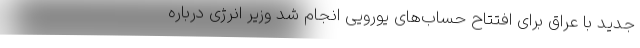
جدید با عراق برای افتتاح حساب‌های یورویی انجام شد وزیر انرژی درباره